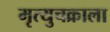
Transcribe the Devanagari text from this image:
मृत्युचक्राला